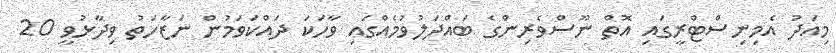
މިއަދު އެމިނިސްޓްރީގައި އޮތް ނޫސްވެރިންގެ ބައްދަލުވުމެއްގައި ވާހަކަ ދައްކަވަމުން ނަޒާހަތު ވިދާޅުވީ 20